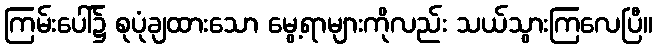
ကြမ်းပေါ်၌ စုပုံချထားသော မွေ့ရာများကိုလည်း သယ်သွားကြလေပြီ။